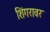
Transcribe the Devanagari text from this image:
शिंगरावर